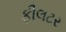
ફીલટર